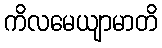
ကိလမေယျာမာတိ